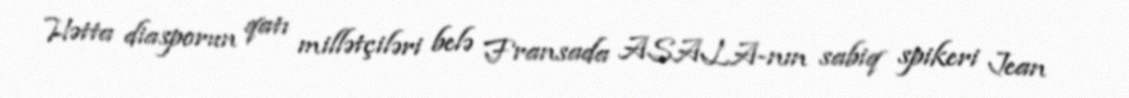
Hətta diasporun qatı millətçiləri belə Fransada ASALA-nın sabiq spikeri Jean